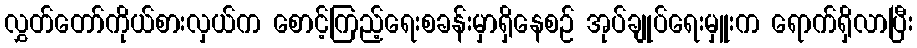
လွှတ်တော်ကိုယ်စားလှယ်က စောင့်ကြည့်ရေးစခန်းမှာရှိနေစဉ် အုပ်ချုပ်ရေးမှူးက ရောက်ရှိလာပြီး